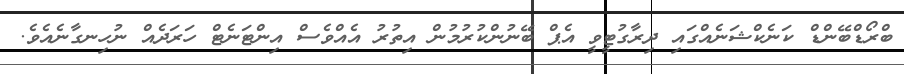
ބްރޯޑްބޭންޑް ކަނެކްޝަނެއްގައި ދިރާގުޓީވީ އެޕް ބޭނުންކުރުމުން އިތުރު އެއްވެސް އިންޓަނެޓް ހަރަދެއް ނުހިނގާނެއެވެ.